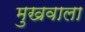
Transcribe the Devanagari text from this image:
मुखवाला